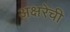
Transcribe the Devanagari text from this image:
अक्षरेची